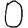
Digit: 0